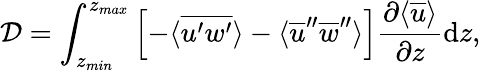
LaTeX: \mathcal{D}=\int_{z_{min}}^{z_{max}}\left[-\langle\overline{{u^{\prime}w^{\prime}}}\rangle-\langle\overline{{u}}^{\prime\prime}\overline{{w}}^{\prime\prime}\rangle\right]\frac{\partial\langle\overline{{u}}\rangle}{\partial z}\mathrm{d}z,